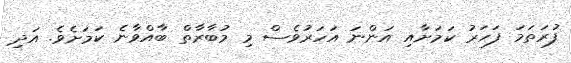
ފުރަތަމަ ފަހަރު ކަމަށާއި އަންނަ އަހަރުވެސް މި މުބާރާތް ބާއްވާނެ ކަމަށެވެ. އަދި